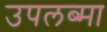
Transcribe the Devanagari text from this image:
उपलब्मा